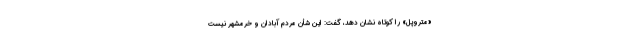
«متروپل» را کوتاه نشان دهد، گفت: این شأن مردم آبادان و خرمشهر نیست